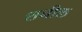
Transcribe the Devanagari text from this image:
शनील